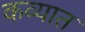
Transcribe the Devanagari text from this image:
कव्यात